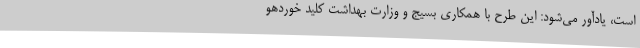
است، یادآور می‌شود: این طرح با همکاری بسیج و وزارت بهداشت کلید خوردهو